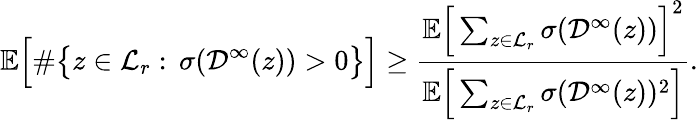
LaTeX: {\mathbb E}\Big[\# \big\{ z\in\mathcal{L}_{r}:\, \sigma(\mathcal{D}^{\infty}(z))>0\big\} \Big]\geq\frac{{\mathbb E}\Big[\sum_{z\in\mathcal{L}_{r}}\sigma(\mathcal{D}^{\infty}(z))\Big]^{2}}{{\mathbb E}\Big[\sum_{z\in\mathcal{L}_{r}}\sigma(\mathcal{D}^{\infty}(z))^{2}\Big]}.